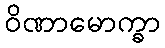
ဝိဏာမောက္ခာ